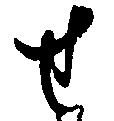
せ